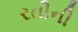
રતીની